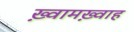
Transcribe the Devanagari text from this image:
ख़्वामख़्वाह